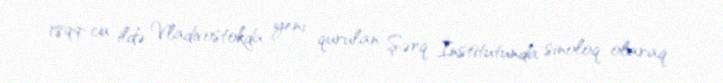
1899-cu ildə Vladivostokda yenı qurulan Şərq İnstitutunda sinoloq olaraq